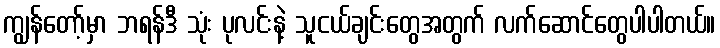
ကျွန်တော့်မှာ ဘရန်ဒီ သုံး ပုလင်းနဲ့ သူငယ်ချင်းတွေအတွက် လက်ဆောင်တွေပါပါတယ်။